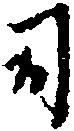
司